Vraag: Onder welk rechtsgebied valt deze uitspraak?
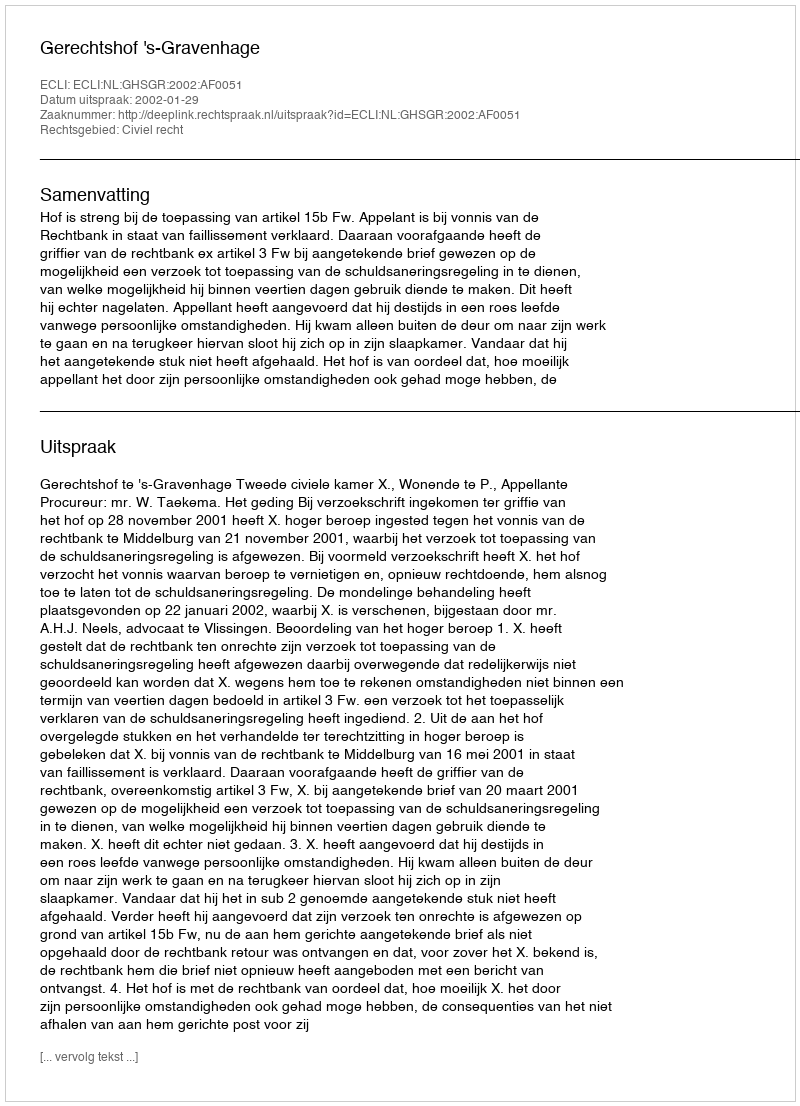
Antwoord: Civiel recht